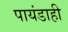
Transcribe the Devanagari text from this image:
पायंडाही